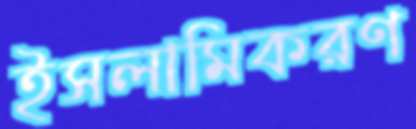
ইসলামিকরণ